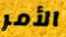
الأمر